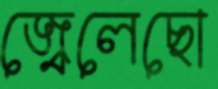
জ্বেলেছো